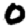
Digit: 0